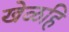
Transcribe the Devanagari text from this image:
खेळहि